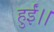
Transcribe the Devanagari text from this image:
हुईं।।